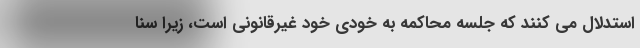
استدلال می کنند که جلسه محاکمه به خودی خود غیرقانونی است، زیرا سنا